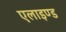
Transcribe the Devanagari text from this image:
एलाइण्ड